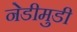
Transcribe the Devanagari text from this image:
नेडीमुडी